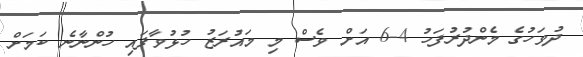
ދުވަހުގެ މެންދުރުފަހު 4-6 އަށް ވެސް މި މައުރަޒު ހުޅުވާފައި ހުންނާނެ ކަމަށް